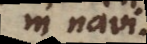
in navi